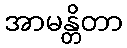
အာမန္တိတာ